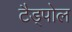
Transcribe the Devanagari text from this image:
टैड्पोल